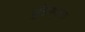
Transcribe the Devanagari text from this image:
युक्तियुक्तता